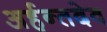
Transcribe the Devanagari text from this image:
अर्हन्तदेव